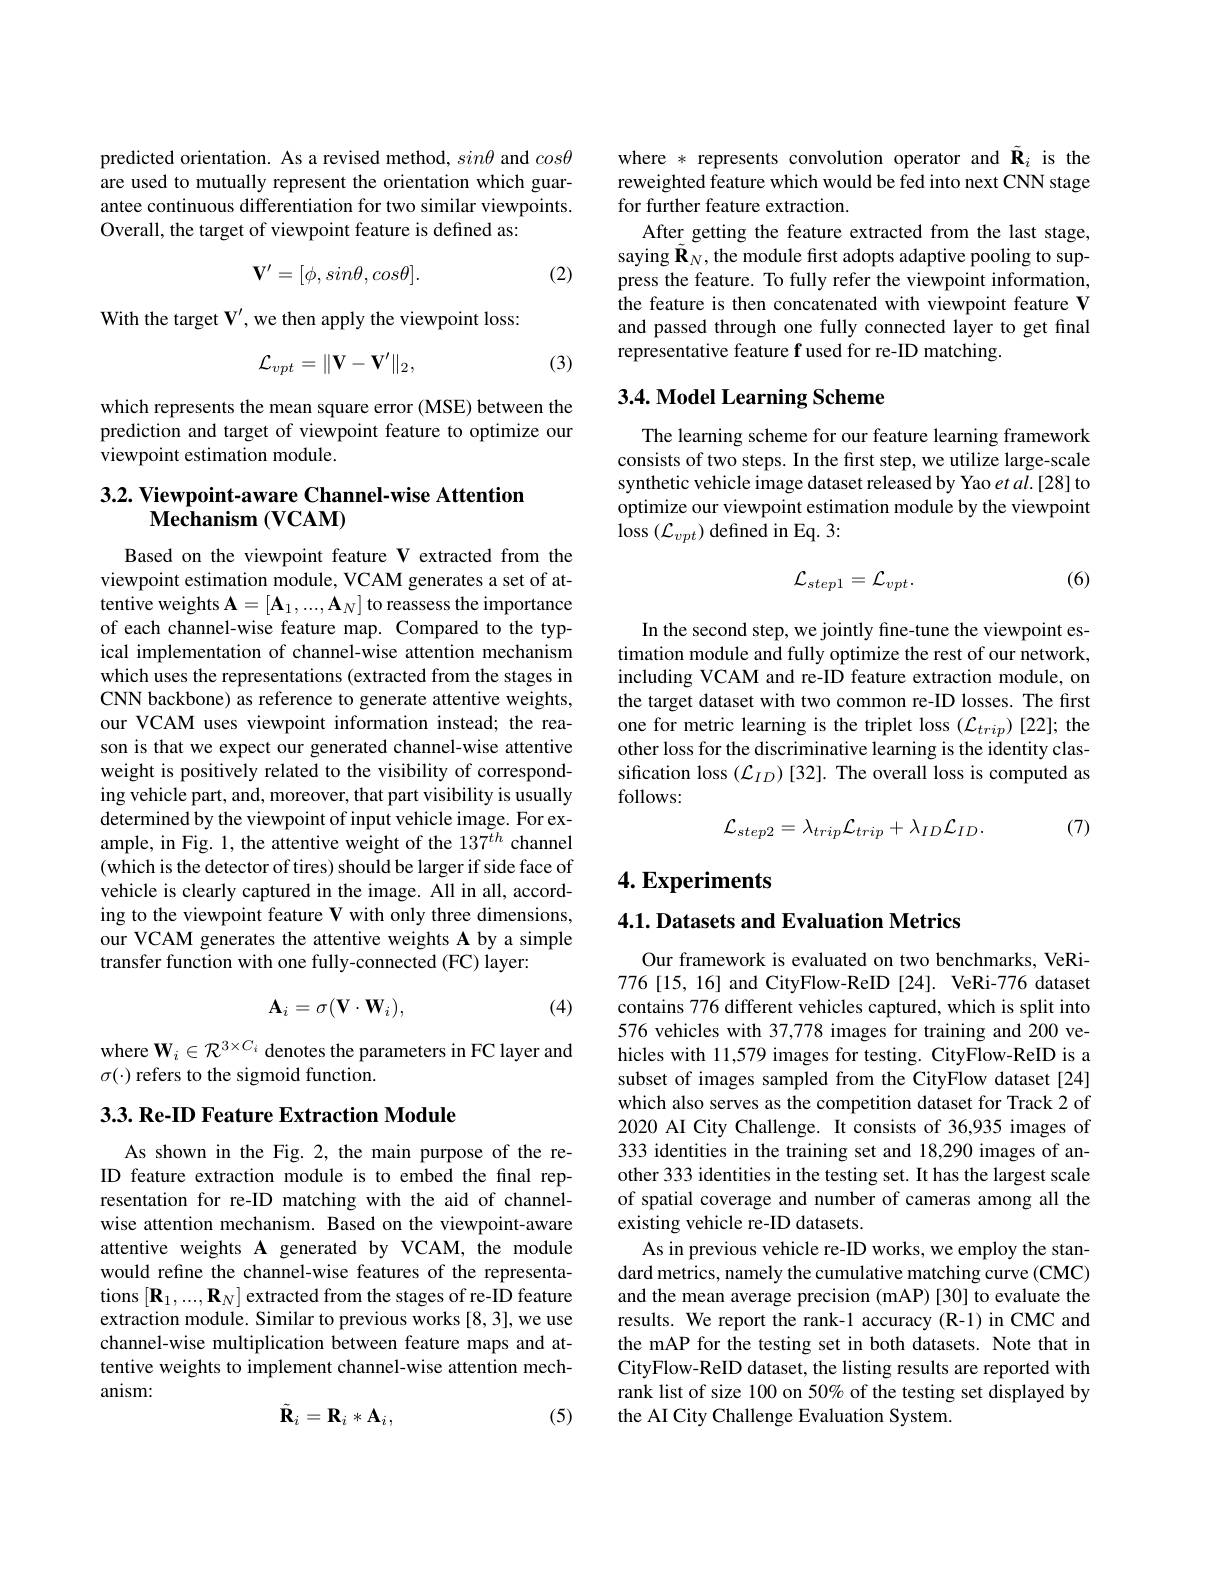
predicted orientation. As a revised method, $sin\theta$ and $cos\theta$ are used to mutually represent the orientation which guarantee continuous differentiation for two similar viewpoints. Overall, the target of viewpoint feature is defined as:
$$\mathbf V'=[\phi,sin\theta,cos\theta].$$
(2)

With the target $\mathbf{V}^{\prime}$, we then apply the viewpoint loss:

(3)
$$\mathcal{L}_{vpt}=\|\mathbf{V}-\mathbf{V}^{\prime}\|_2,$$
which represents the mean square error (MSE) between the prediction and target of viewpoint feature to optimize our viewpoint estimation module.

## 3.2. Viewpoint-aware Channel-wise Attention $\bar{\mathbf{Mechanism}}\left(\mathbf{VCAM}\right)$

Based on the viewpoint feature V extracted from the viewpoint estimation module, VCAM generates a set of attentive weights $\mathbf{A}=[\mathbf{A}_1,...,\mathbf{A}_N]$ to reassess the importance of each channel-wise feature map. Compared to the typical implementation of channel-wise attention mechanism which uses the representations (extracted from the stages in CNN backbone) as reference to generate attentive weights, our VCAM uses viewpoint information instead; the reason is that we expect our generated channel-wise attentive weight is positively related to the visibility of corresponding vehicle part, and, moreover, that part visibility is usually determined by the viewpoint of input vehicle image. For example, in Fig. 1, the attentive weight of the 137$^{th}$ channel (which is the detector of tires) should be larger if side face of vehicle is clearly captured in the image. All in all, according to the viewpoint feature V with only three dimensions, our VCAM generates the attentive weights A by a simple transfer function with one fully-connected (FC) layer:
$$\mathbf{A}_i=\sigma(\mathbf{V}\cdot\mathbf{W}_i),$$
(4)

where $\mathbf{W}_i\in\mathcal{R}^{3\times C_i}$ denotes the parameters in FC layer and
$\sigma(\cdot)$ refers to the sigmoid function.

$3. 3. \textbf{Re- ID Feature Extraction Module}$

As shown in the Fig. 2, the main purpose of the reID feature extraction module is to embed the final representation for re-ID matching with the aid of channelwise attention mechanism. Based on the viewpoint-aware attentive weights A generated by VCAM, the module would refine the channel-wise features of the representations $[\mathbf{R}_{1},...,\mathbf{R}_{N}]$ extracted from the stages of re-ID feature extraction module. Similar to previous works [8,3],we use channel-wise multiplication between feature maps and attentive weights to implement channel-wise attention mechanism:
$$\tilde{\mathbf{R}}_i=\mathbf{R}_i*\mathbf{A}_i,$$
(5)

where * represents convolution operator and $\tilde{\mathbf{R}}_i$ is the reweighted feature which would be fed into next CNN stage for further feature extraction.
After getting the feature extracted from the last stage, saying $\tilde{\mathbf{R}}_N$, the module frst adopts adaptive pooling to suppress the feature. To fully refer the viewpoint information, the feature is then concatenated with viewpoint feature V and passed through one fully connected layer to get final representative feature f used for re-ID matching.

## 3.4. Model Learning Scheme

The learning scheme for our feature learning framework consists of two steps. In the first step, we utilize large-scale synthetic vehicle image dataset released by Yao et al.[28] to optimize our viewpoint estimation module by the viewpoint $\operatorname{loss}\left(\mathcal{L}_{vpt}\right)$defined in Eq.3:

(6)
$$\mathcal{L}_{step1}=\mathcal{L}_{vpt}.$$
In the second step, we jointly fine-tune the viewpoint estimation module and fully optimize the rest of our network, including VCAM and re-ID feature extraction module, on the target dataset with two common re-ID losses. The first one for metric learning is the triplet loss $(\mathcal{L}_{trip})$ [22]; the other loss for the discriminative learning is the identity classification loss $(\mathcal{L}_ID)[32].$ The overall loss is computed as follows:

(7)
$$\mathcal{L}_{step2}=\lambda_{trip}\mathcal{L}_{trip}+\lambda_{ID}\mathcal{L}_{ID}.$$
# 4. Experiments

4.1. Datasets and Evaluation Metrics

Our framework is evaluated on two benchmarks, VeRi- 776[15, 16] and CityFlow-ReID [24]. VeRi-776 dataset contains 776 different vehicles captured, which is split into 576 vehicles with 37,778 images for training and 200 vehicles with 11,579 images for testing. CityFlow-ReID is a subset of images sampled from the CityFlow dataset[24] which also serves as the competition dataset for Track 2 of 2020 AI City Challenge. It consists of 36,935 images of 333 identities in the training set and 18,290 images of another 333 identities in the testing set. It has the largest scale of spatial coverage and number of cameras among all the existing vehicle re-ID datasets.
As in previous vehicle re-ID works, we employ the standard metrics, namely the cumulative matching curve (CMC) and the mean average precision (mAP) [30] to evaluate the results. We report the rank-1 accuracy (R-1) in CMC and the mAP for the testing set in both datasets. Note that in CityFlow-ReID dataset, the listing results are reported with rank list of size 100 on 50% of the testing set displayed by the AI City Challenge Evaluation System